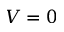
V = 0